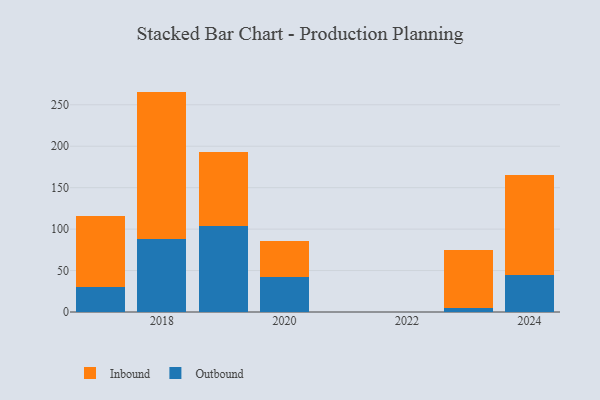
{"axis": {"x": "Year", "y": "Operating Costs (USD K)"}, "legend": ["Inbound", "Outbound"], "data": [{"x": "2020", "y": 42.3, "type": "Outbound"}, {"x": "2020", "y": 42.8, "type": "Inbound"}, {"x": "2018", "y": 88.2, "type": "Outbound"}, {"x": "2018", "y": 177.7, "type": "Inbound"}, {"x": "2023", "y": 5.2, "type": "Outbound"}, {"x": "2023", "y": 69.9, "type": "Inbound"}, {"x": "2019", "y": 103.7, "type": "Outbound"}, {"x": "2019", "y": 88.8, "type": "Inbound"}, {"x": "2024", "y": 45.0, "type": "Outbound"}, {"x": "2024", "y": 120.0, "type": "Inbound"}, {"x": "2017", "y": 30.6, "type": "Outbound"}, {"x": "2017", "y": 85.8, "type": "Inbound"}]}